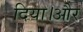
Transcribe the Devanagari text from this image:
दिया।और